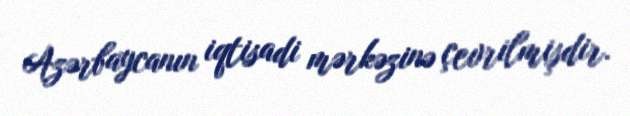
Azərbaycanın iqtisadi mərkəzinə çevrilmişdir.